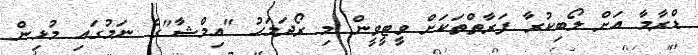
ޑްރާމާ އަށް ލޯބިކުރާ ފަރާތްތަކަށް ވީޓީވީން މި ރޯދަމަހު "އިމްޝާ"ގެ ނަމުގައި މުޅިން